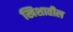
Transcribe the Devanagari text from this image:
खिशातील